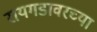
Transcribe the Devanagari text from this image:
रायगडावरच्या